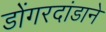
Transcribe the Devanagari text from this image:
डोंगरदांडाने